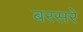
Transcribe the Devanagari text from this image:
बरसरे